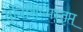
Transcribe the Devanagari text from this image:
तुविशिष्मस्तृप्त्